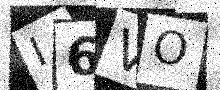
Text: I6VO